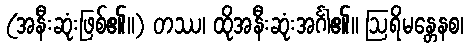
(အနီးဆုံးဖြစ်၏။) တဿ၊ ထိုအနီးဆုံးအင်္ဂါ၏။ ဩရိမန္တေနစ၊